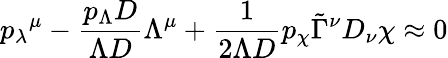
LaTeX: {p_{\lambda}}^{\mu}-\frac{p_{\Lambda}D}{\Lambda D}\Lambda^{\mu}+\frac 1{2\Lambda D}p_{\chi}\tilde{\Gamma}^{\nu}D_{\nu}\chi\approx 0